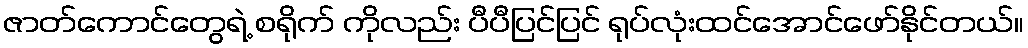
ဇာတ်ကောင်တွေရဲ့ စရိုက် ကိုလည်း ပီပီပြင်ပြင် ရုပ်လုံးထင်အောင်ဖော်နိုင်တယ်။